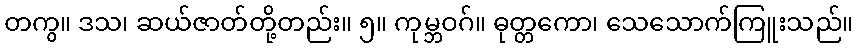
တကွ။ ဒသ၊ ဆယ်ဇာတ်တို့တည်း။ ၅။ ကုမ္ဘဝဂ်။ ဓုတ္တကော၊ သေသောက်ကြူးသည်။